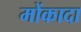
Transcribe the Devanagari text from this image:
मोंकादा